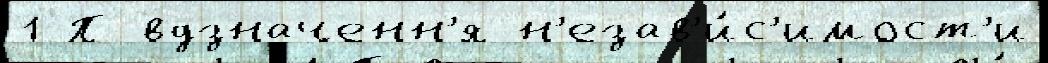
1 П вдзначенн'я н'езав'и́с'имост'и